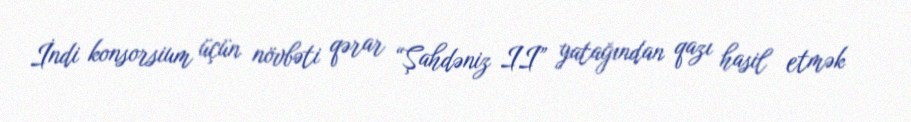
İndi konsorsium üçün növbəti qərar “Şahdəniz II” yatağından qazı hasil etmək